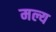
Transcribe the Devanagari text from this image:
मल्य